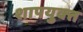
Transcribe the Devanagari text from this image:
शापयुक्‍त